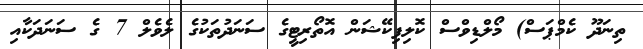
ތިނަދޫ ކެމްޕަސް) މޯލްޑިވްސް ކޮލިފިކޭޝަން އޮތޯރިޓީގެ ސަނަދުތަކުގެ ލެވެލް 7 ގެ ސަނަދަކާއި